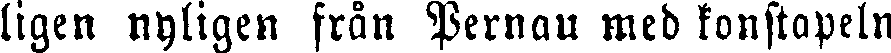
ligen nyligen från Pernau med konstapeln